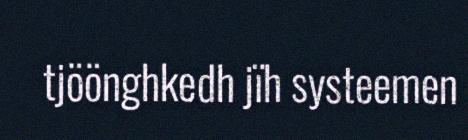
tjöönghkedh jïh systeemen